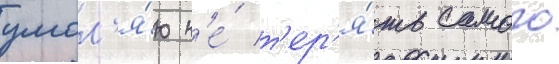
умол'я́ю н'е́ т'ер'я́ть самого